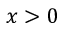
x > 0